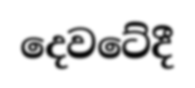
දෙවටේදී